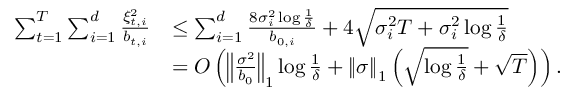
\begin{array} { r l } { \sum _ { t = 1 } ^ { T } \sum _ { i = 1 } ^ { d } \frac { \xi _ { t , i } ^ { 2 } } { b _ { t , i } } } & { \le \sum _ { i = 1 } ^ { d } \frac { 8 \sigma _ { i } ^ { 2 } \log \frac { 1 } { \delta } } { b _ { 0 , i } } + 4 \sqrt { \sigma _ { i } ^ { 2 } T + \sigma _ { i } ^ { 2 } \log \frac { 1 } { \delta } } } \\ & { = O \left( \left\Vert \frac { \sigma ^ { 2 } } { b _ { 0 } } \right\Vert _ { 1 } \log \frac { 1 } { \delta } + \left\Vert \sigma \right\Vert _ { 1 } \left( \sqrt { \log \frac { 1 } { \delta } } + \sqrt { T } \right) \right) . } \end{array}